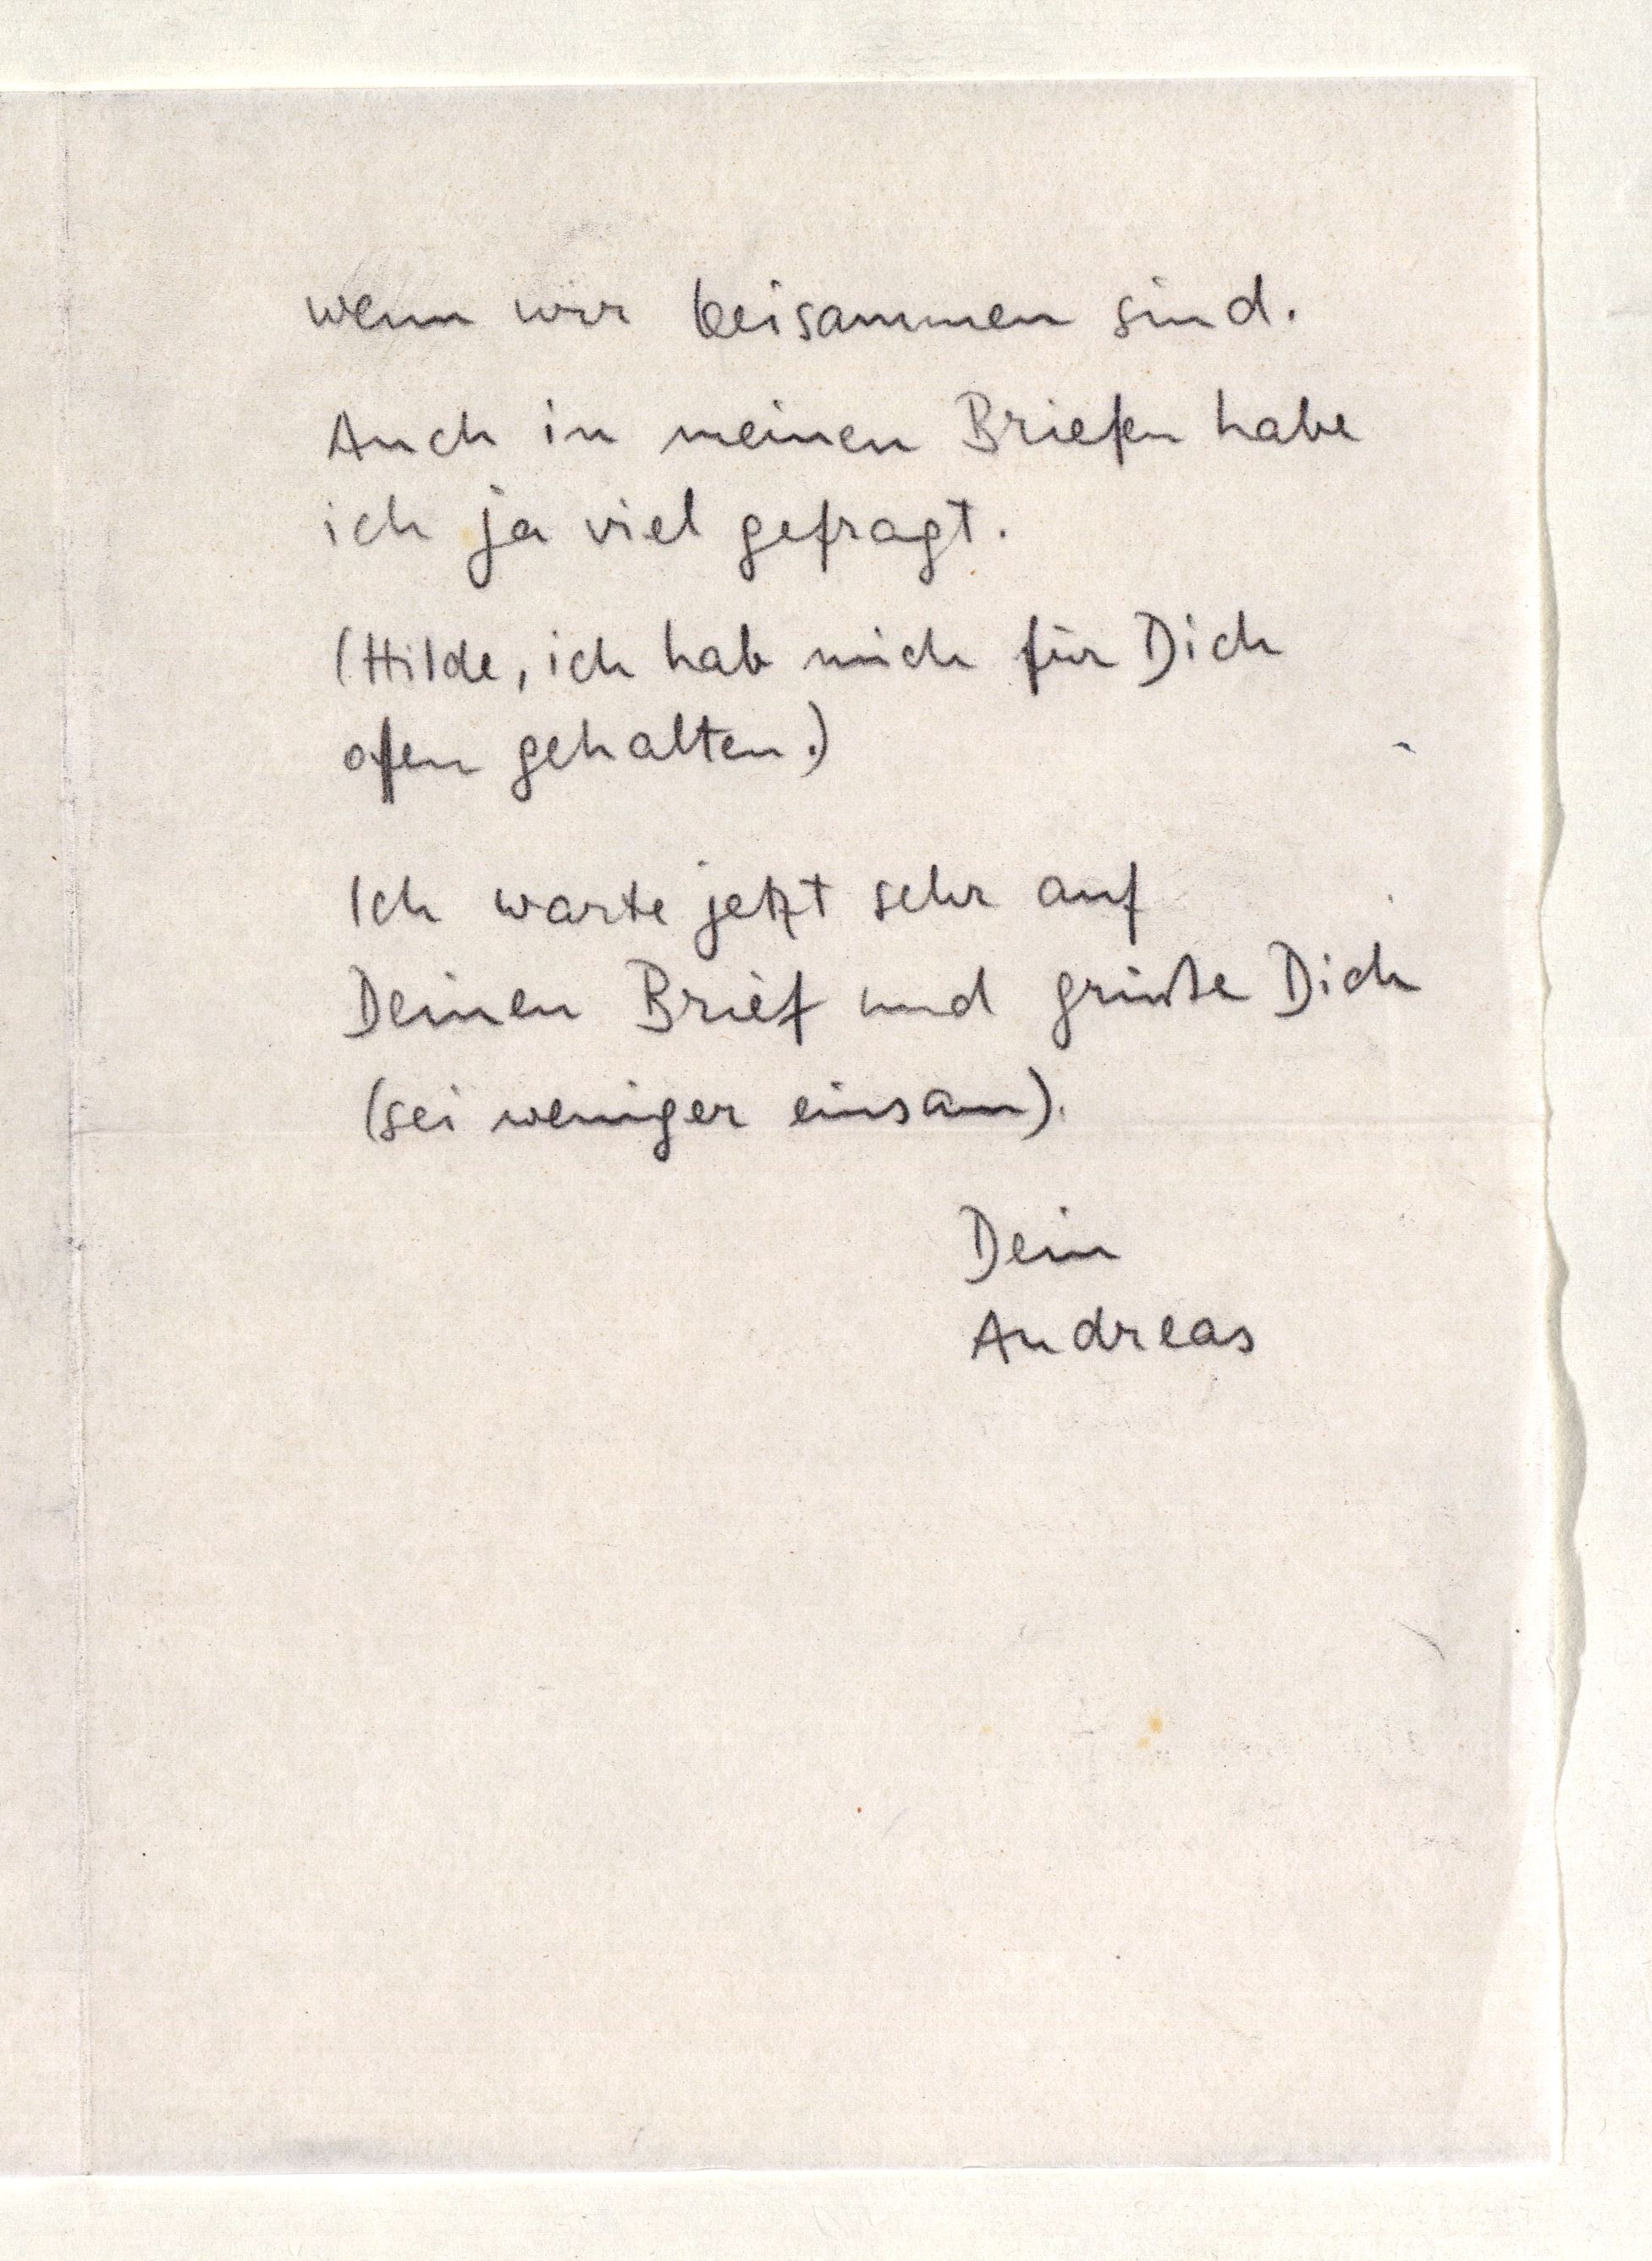
wenn wir beisammen sind.
Auch in meinen Briefen habe
ich ja viel gefragt.
(Hilde, ich hab mich für Dich
offen gehalten.)
Ich warte jetzt sehr auf
Deinen Brief und grüße Dich
(sei weniger einsam).
Dein
Andreas